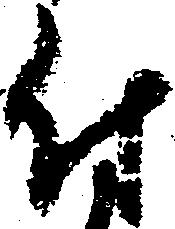
付